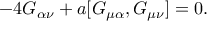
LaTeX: - 4 G _ { \alpha \nu } + a [ G _ { \mu \alpha } , G _ { \mu \nu } ] = 0 .